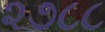
૨૭૮૮